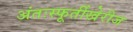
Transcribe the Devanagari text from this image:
अंतःस्फूर्तीखेरीज